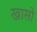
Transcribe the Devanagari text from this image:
खासो